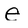
Character: e